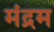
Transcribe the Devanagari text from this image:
मंद्रम